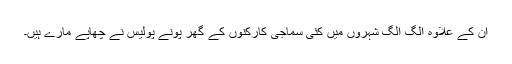
ان کے علاوہ الگ الگ شہروں میں کئی سماجی کارکنوں کے گھر پونے پولیس نے چھاپے مارے ہیں۔